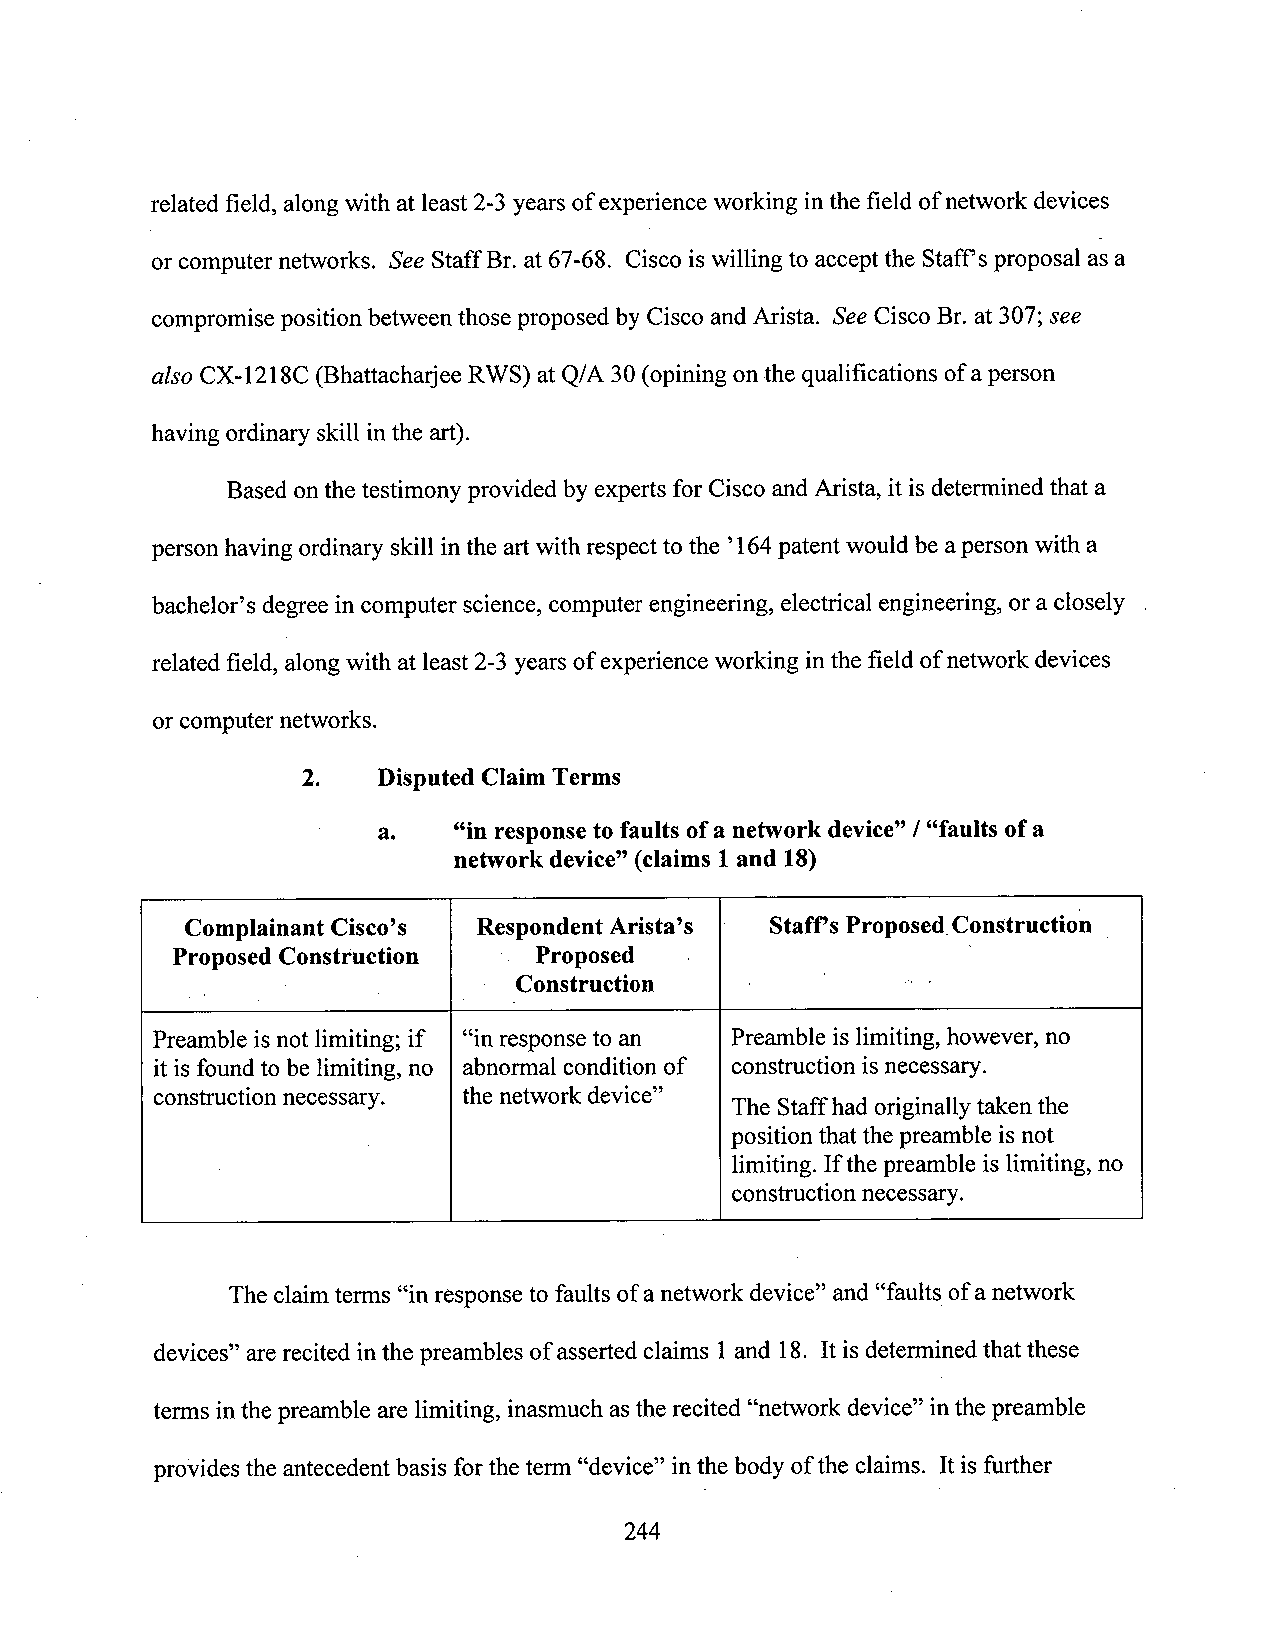
related field, along with at least 2-3yearsofexperience working inthe field ofnetwork devices
 or computer networks. See Staff Br. at 67-68. Cisco iswilling to accept the Staff‘sproposal as a
 compromise position between those proposed by Cisco and Arista. See Cisco Br. at 307; see
 also CX-1218C (Bhattacharjee RWS) at Q/A 30 (opining on the qualifications ofaperson
 having ordinary skill in the art).
 Based onthe testimony provided by experts forCisco and Arista, it isdetermined that a
 personhaving ordinary skill in the artwith respect to the ’l64 patent would be aperson with a
 bachelor’s degree in computer science, computer engineering, electrical engineering, ora closely
 related field, alongwith at least 2-3 years ofexperience working inthe field ofnetwork devices
 or computer networks.
 2.   Disputed ClaimTerms
 3.   ccin response to faults ofa network device”/ “faults of a
 network device” (claims 1and 18)
 Complainant Cisco’s Respondent Arista’s Staff’s Proposed_C0nstruction
 Proposed Construction " Proposed   ­
 Construction
 Preamble isnot limiting; if “in response to an Preamble is limiting, however, no
 it is found tobe limiting, no abnormal conditionof construction is necessary.
 construction necessary. the network device”
 The Staff hadoriginallytaken the
 position thatthe preamble is not
 limiting. Ifthe preamble is limiting, no
 constmction necessary.
 The claimterms “in response to faults ofa network device” and “faults ofa network
 devices” arerecited in the preambles of asserted claims 1and 18. It is determined that these
 terms inthe preamble are limiting, inasmuch as the recited “network device” inthe preamble
 provides the antecedent basis forthe term “device” inthe body of the claims. Itisfurther
 244